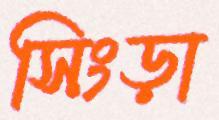
সিংড়া